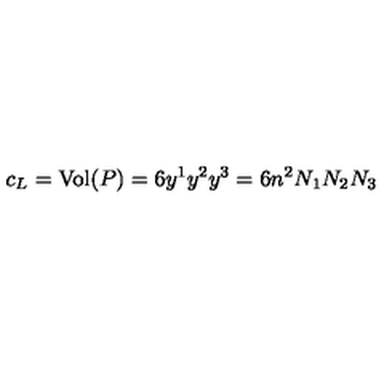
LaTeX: c _ { L } = \mathrm { V o l } ( P ) = 6 y ^ { 1 } y ^ { 2 } y ^ { 3 } = 6 n ^ { 2 } N _ { 1 } N _ { 2 } N _ { 3 }